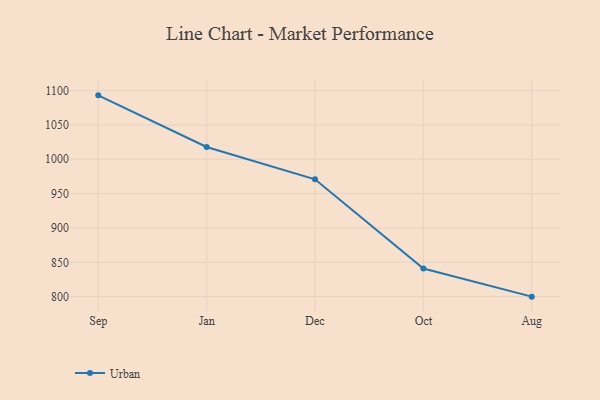
{"axis": {"x": "Month", "y": "Net Income (USD K)"}, "legend": ["Urban"], "data": [{"x": "Sep", "y": 1093.1, "type": "Urban"}, {"x": "Jan", "y": 1017.9, "type": "Urban"}, {"x": "Dec", "y": 970.8, "type": "Urban"}, {"x": "Oct", "y": 841.0, "type": "Urban"}, {"x": "Aug", "y": 800, "type": "Urban"}]}